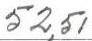
52,51